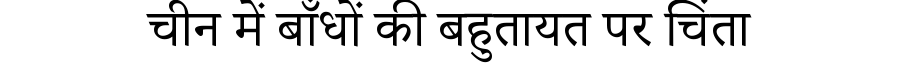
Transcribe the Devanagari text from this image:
चीन में बाँधों की बहुतायत पर चिंता